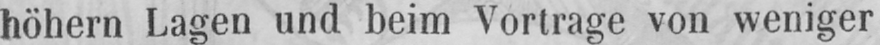
höhern Lagen und beim Vortrage von weniger